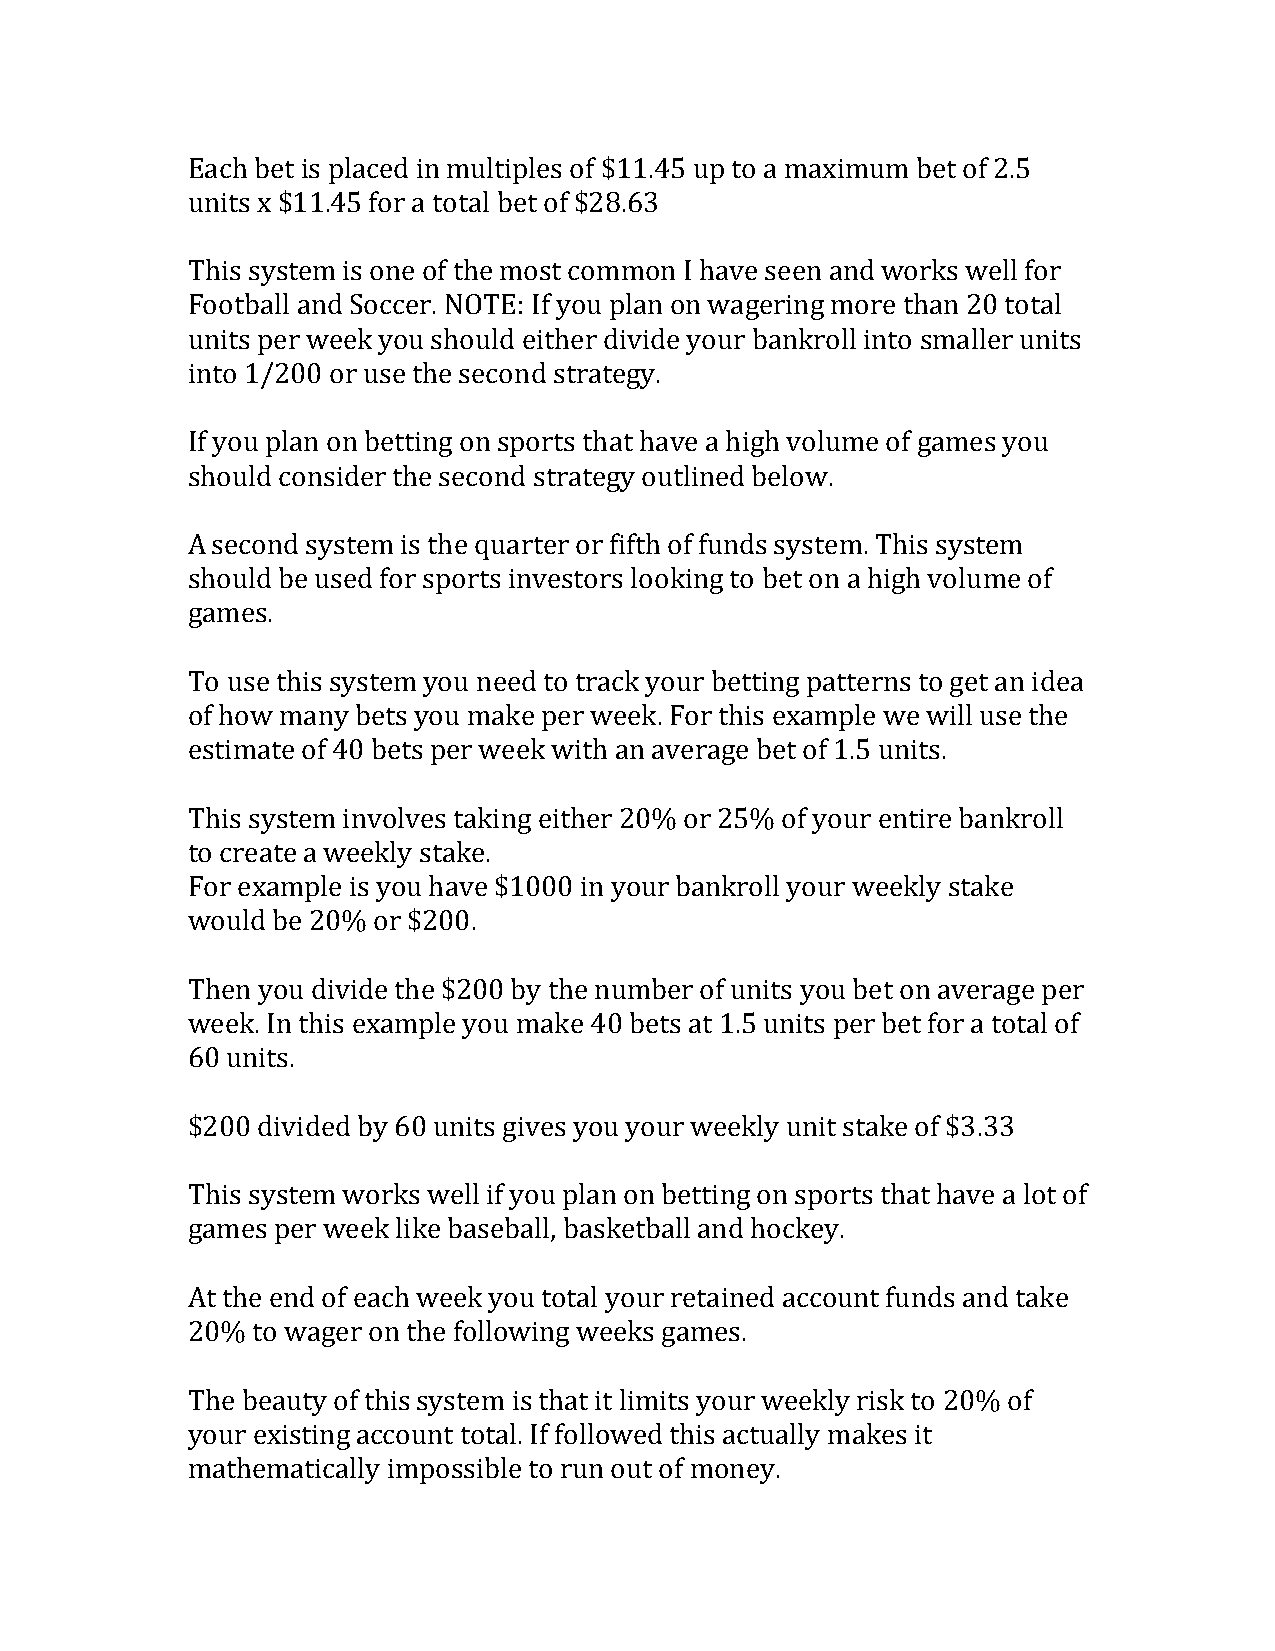
Each bet is placed in multiples of $11.45 up to a maximum bet of 2.5
 units x $11.45 for a total bet of $28.63
 This system is one of the most common I have seen and works well for
 Football and Soccer. NOTE: If you plan on wagering more than 20 total
 units per week you should either divide your bankroll into smaller units
 into 1/200 or use the second strategy.
 If you plan on betting on sports that have a high volume of games you
 should consider the second strategy outlined below.
 A second system is the quarter or fifth of funds system. This system
 should be used for sports investors looking to bet on a high volume of
 games.
 To use this system you need to track your betting patterns to get an idea
 of how many bets you make per week. For this example we will use the
 estimate of 40 bets per week with an average bet of 1.5 units.
 This system involves taking either 20% or 25% of your entire bankroll
 to create a weekly stake.
 For example is you have $1000 in your bankroll your weekly stake
 would be 20% or $200.
 Then you divide the $200 by the number of units you bet on average per
 week. In this example you make 40 bets at 1.5 units per bet for a total of
 60 units.
 $200 divided by 60 units gives you your weekly unit stake of $3.33
 This system works well if you plan on betting on sports that have a lot of
 games per week like baseball, basketball and hockey.
 At the end of each week you total your retained account funds and take
 20%  to wager on the following weeks games.
 The beauty of this system is that it limits your weekly risk to 20% of
 your existing account total. If followed this actually makes it
 mathematically impossible to run out of money.